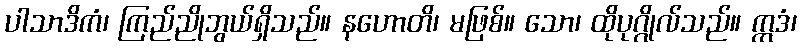
ပါသာဒိကံ၊ ကြည်ညိုဘွယ်ရှိသည်။ နဟောတိ၊ မဖြစ်။ သော၊ ထိုပုဂ္ဂိုလ်သည်။ ဣဒံ၊